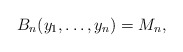
\begin{gather*}B_n(y_1, \ldots, y_n)= M_n,\end{gather*}